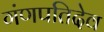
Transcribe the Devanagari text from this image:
गंणपतिदेव